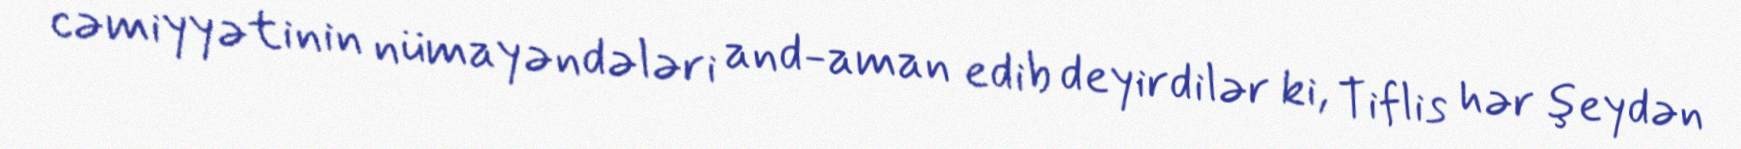
cəmiyyətinin nümayəndələri and-aman edib deyirdilər ki, Tiflis hər şeydən